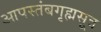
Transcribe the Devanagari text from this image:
आपस्तंबगृह्मसूत्र